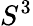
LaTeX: S^{3}